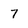
Character: 7